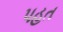
પહત